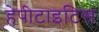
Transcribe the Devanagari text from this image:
हेपीटाइटिस